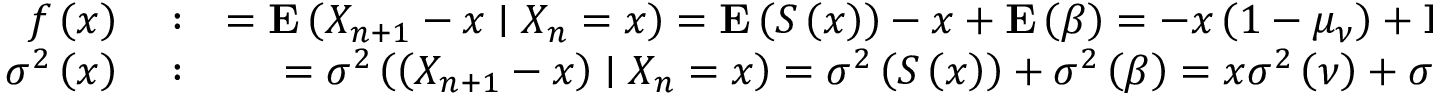
\begin{array} { r l r } { f \left( x \right) } & { { } : } & { = { \bf E } \left( X _ { n + 1 } - x \mid X _ { n } = x \right) = { \bf E } \left( S \left( x \right) \right) - x + { \bf E } \left( \beta \right) = - x \left( 1 - \mu _ { \nu } \right) + { \bf E } \left( \beta \right) } \\ { \sigma ^ { 2 } \left( x \right) } & { { } : } & { = \sigma ^ { 2 } \left( \left( X _ { n + 1 } - x \right) \mid X _ { n } = x \right) = \sigma ^ { 2 } \left( S \left( x \right) \right) + \sigma ^ { 2 } \left( \beta \right) = x \sigma ^ { 2 } \left( \nu \right) + \sigma ^ { 2 } \left( \beta \right) } \end{array}